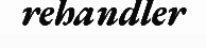
rehandler